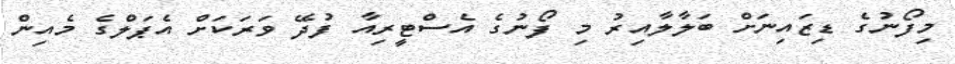
މިފޯނުގެ ޑިޒައިނަށް ބަލާލާއިރު މި ފޯނުގެ އެސްޓީރިއާ ފުދޭ ވަރަކަށް އެޕަލްގެ މެއިން